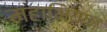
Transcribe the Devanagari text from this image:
महाभियान